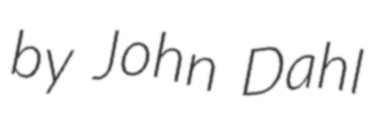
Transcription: by John Dahl